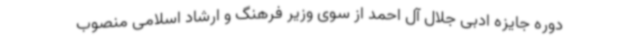
دوره جایزه ادبی جلال آل احمد از سوی وزیر فرهنگ و ارشاد اسلامی منصوب